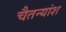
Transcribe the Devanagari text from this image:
चैतन्यांश